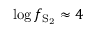
\log { f _ { \mathrm { S _ { 2 } } } } \approx 4